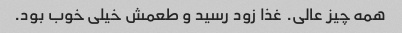
همه چیز عالی. غذا زود رسید و طعمش خیلی خوب بود.